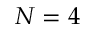
N = 4